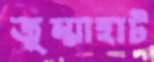
জুম্মাহাট